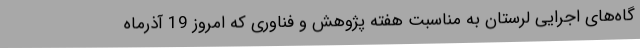
گاه‌های اجرایی لرستان به مناسبت هفته پژوهش و فناوری که امروز 19 آذرماه